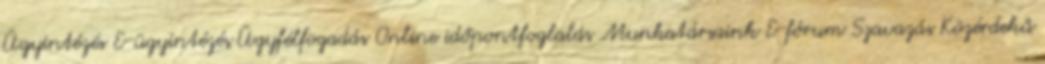
Ügyintézés E-ügyintézés Ügyfélfogadás Online időpontfoglalás Munkatársaink E-fórum Szavazás Közérdekű